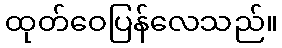
ထုတ်ဝေပြန်လေသည်။